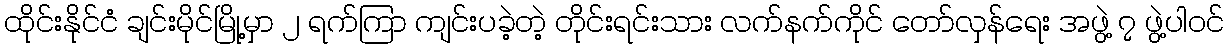
ထိုင်းနိုင်ငံ ချင်းမိုင်မြို့မှာ ၂ ရက်ကြာ ကျင်းပခဲ့တဲ့ တိုင်းရင်းသား လက်နက်ကိုင် တော်လှန်ရေး အဖွဲ့ ၇ ဖွဲ့ပါဝင်